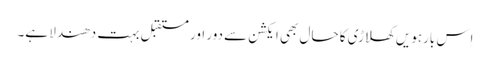
اِس بارہویں کھلاڑی کا حال بھی ایکشن سے دور اور مستقبل بہت دھندلا ہے۔